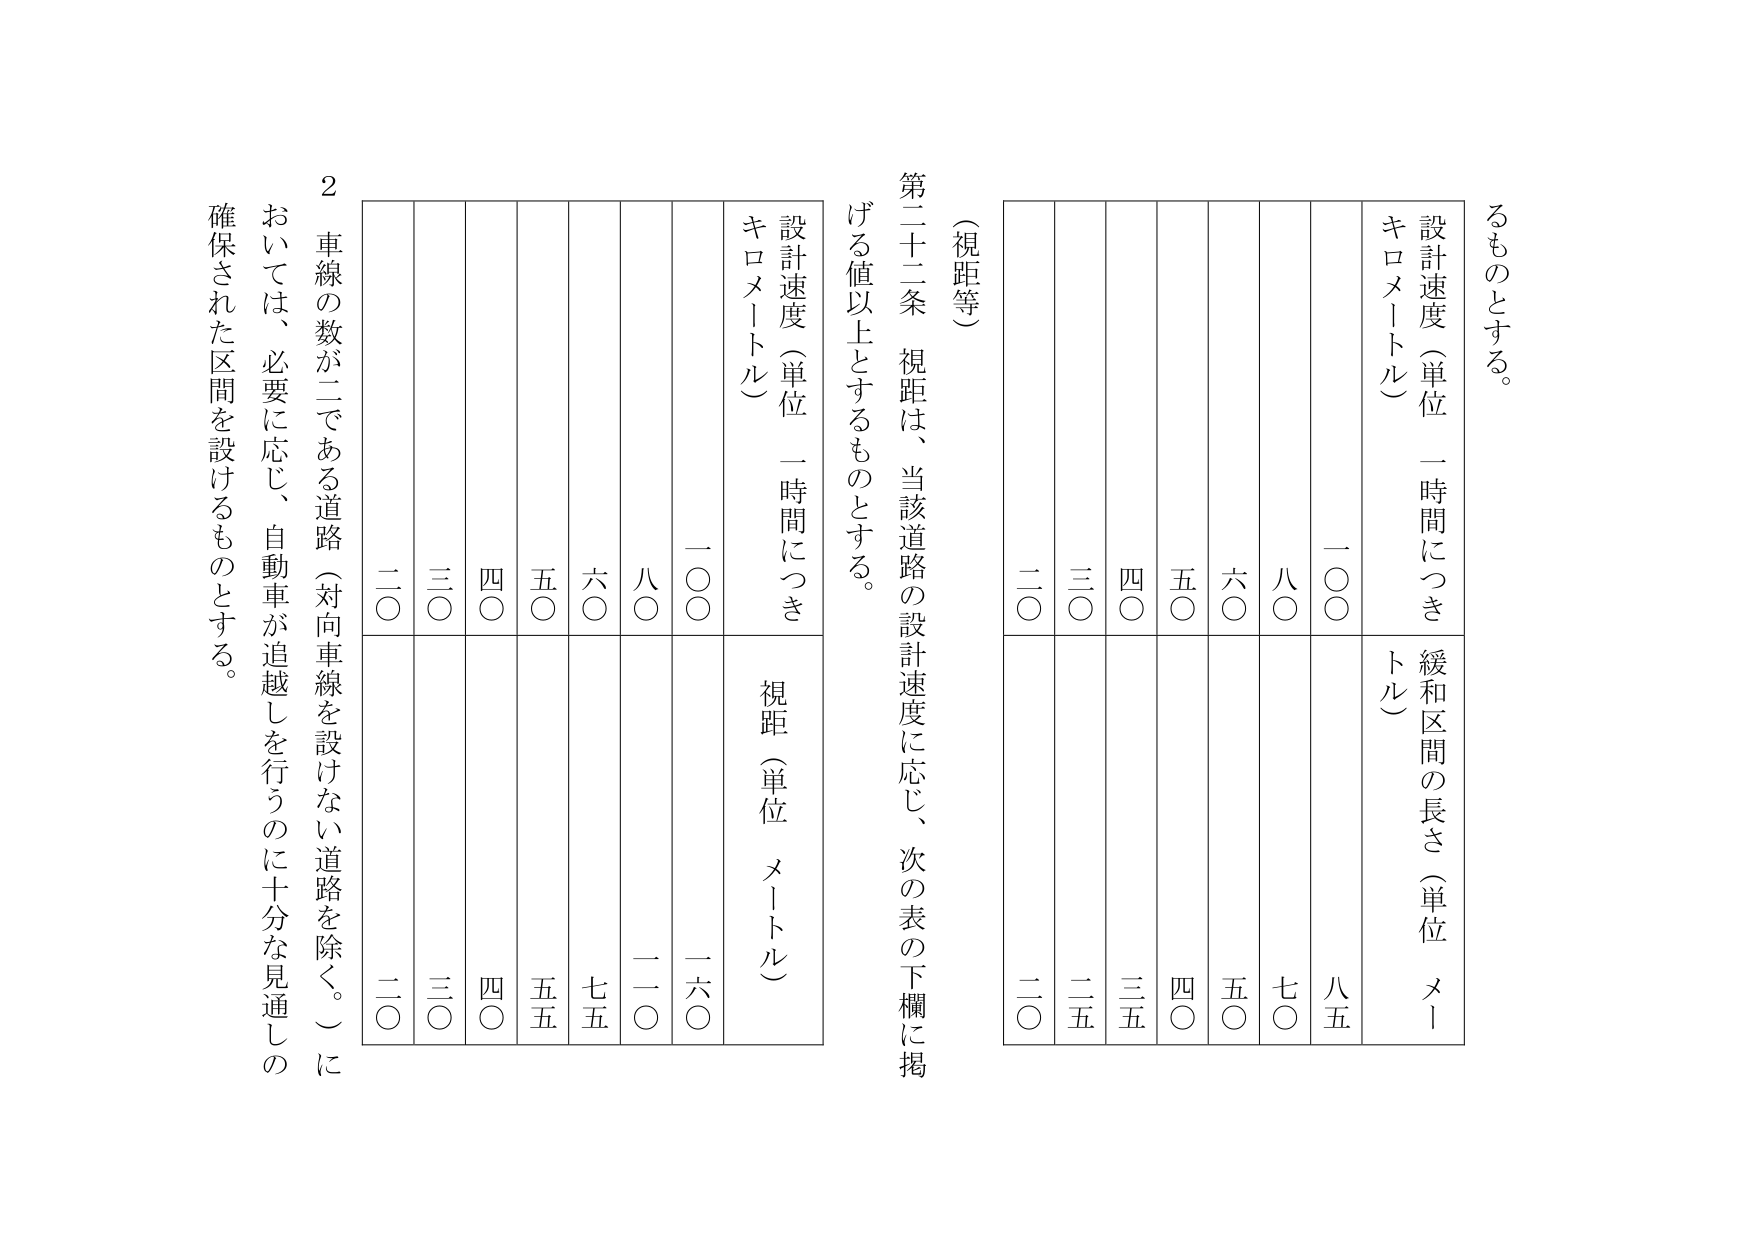
（視距等）

第二十二条 視距は、当該道路の設計速度に応じ、次の表の下欄に掲げる値以上とするものとする。

設計速度（単位 一時間につき キロメートル）　視距（単位 メートル）
一〇〇　　　　　　　　　　　　　　　　　　　　　一六〇
八〇　　　　　　　　　　　　　　　　　　　　　　一二〇
六〇　　　　　　　　　　　　　　　　　　　　　　七五
五〇　　　　　　　　　　　　　　　　　　　　　　五五
四〇　　　　　　　　　　　　　　　　　　　　　　四〇
三〇　　　　　　　　　　　　　　　　　　　　　　三〇
二〇　　　　　　　　　　　　　　　　　　　　　　二〇

設計速度（単位 一時間につき キロメートル）　緩和区間の長さ（単位 メートル）
一〇〇　　　　　　　　　　　　　　　　　　　　　八五
八〇　　　　　　　　　　　　　　　　　　　　　　七〇
六〇　　　　　　　　　　　　　　　　　　　　　　五〇
五〇　　　　　　　　　　　　　　　　　　　　　　四〇
四〇　　　　　　　　　　　　　　　　　　　　　　三五
三〇　　　　　　　　　　　　　　　　　　　　　　二五
二〇　　　　　　　　　　　　　　　　　　　　　　二〇

２ 車線の数が二である道路（対向車線を設けない道路を除く。）においては、必要に応じ、自動車が追越しを行うのに十分な見通しの確保された区間を設けるものとする。

るものとする。